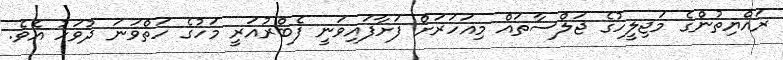
ރައްޔިތުންގެ މަޖިލީހުގެ ޖަލްސާތައް މިއަހަރަށް ފަށާފައިވަނީ ފެބްރުއަރީ މަހުގެ ހަތްވަނަ ދުވަހު އެވެ.